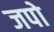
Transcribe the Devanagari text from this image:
जपो